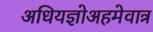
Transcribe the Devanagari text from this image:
अधियज्ञोअहमेवात्र